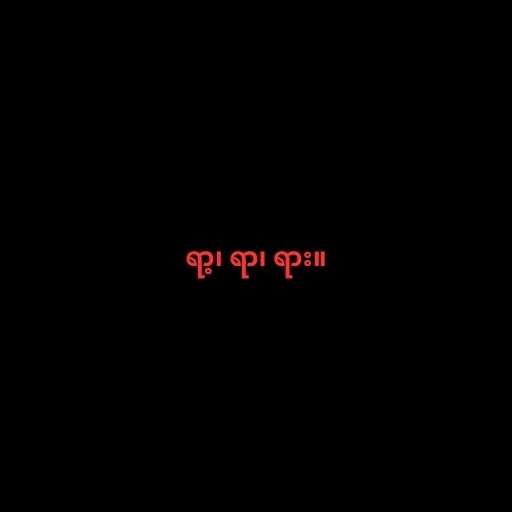
ရာ့၊ ရာ၊ ရား။